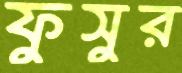
ফুসুর